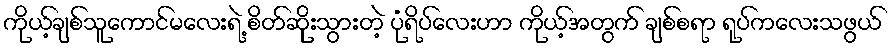
ကိုယ့်ချစ်သူကောင်မလေးရဲ့ စိတ်ဆိုုးသွားတဲ့ ပုံရိပ်လေးဟာ ကိုယ့်အတွက် ချစ်စရာ ရုပ်ကလေးသဖွယ်